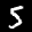
Label: 5